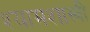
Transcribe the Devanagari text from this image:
श्यामशास्त्री